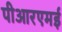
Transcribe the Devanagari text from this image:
पीआरएमई